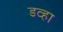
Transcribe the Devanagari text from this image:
डव्हा